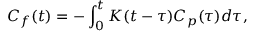
C _ { f } ( t ) = - \int _ { 0 } ^ { t } K ( t - \tau ) C _ { p } ( \tau ) d \tau ,